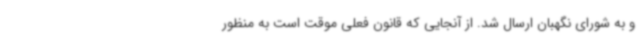
و به شورای نگهبان ارسال شد. از آنجایی که قانون فعلی موقت است به منظور